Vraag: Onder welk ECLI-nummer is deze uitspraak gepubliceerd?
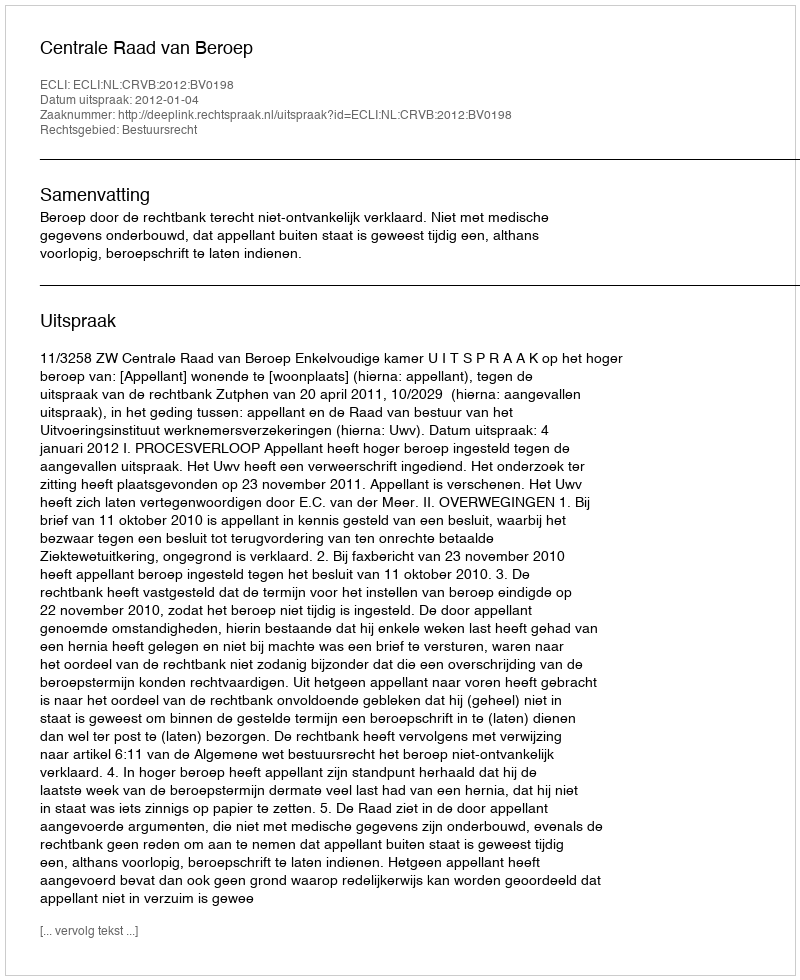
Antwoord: ECLI:NL:CRVB:2012:BV0198